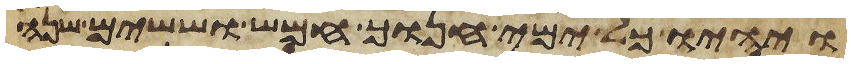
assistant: ויהיו כל ימי חנוך חמש וששים שנה